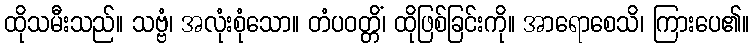
ထိုသမီးသည်။ သဗ္ဗံ၊ အလုံးစုံသော။ တံပဝတ္တိံ၊ ထိုဖြစ်ခြင်းကို။ အာရောစေသိ၊ ကြားပေ၏။